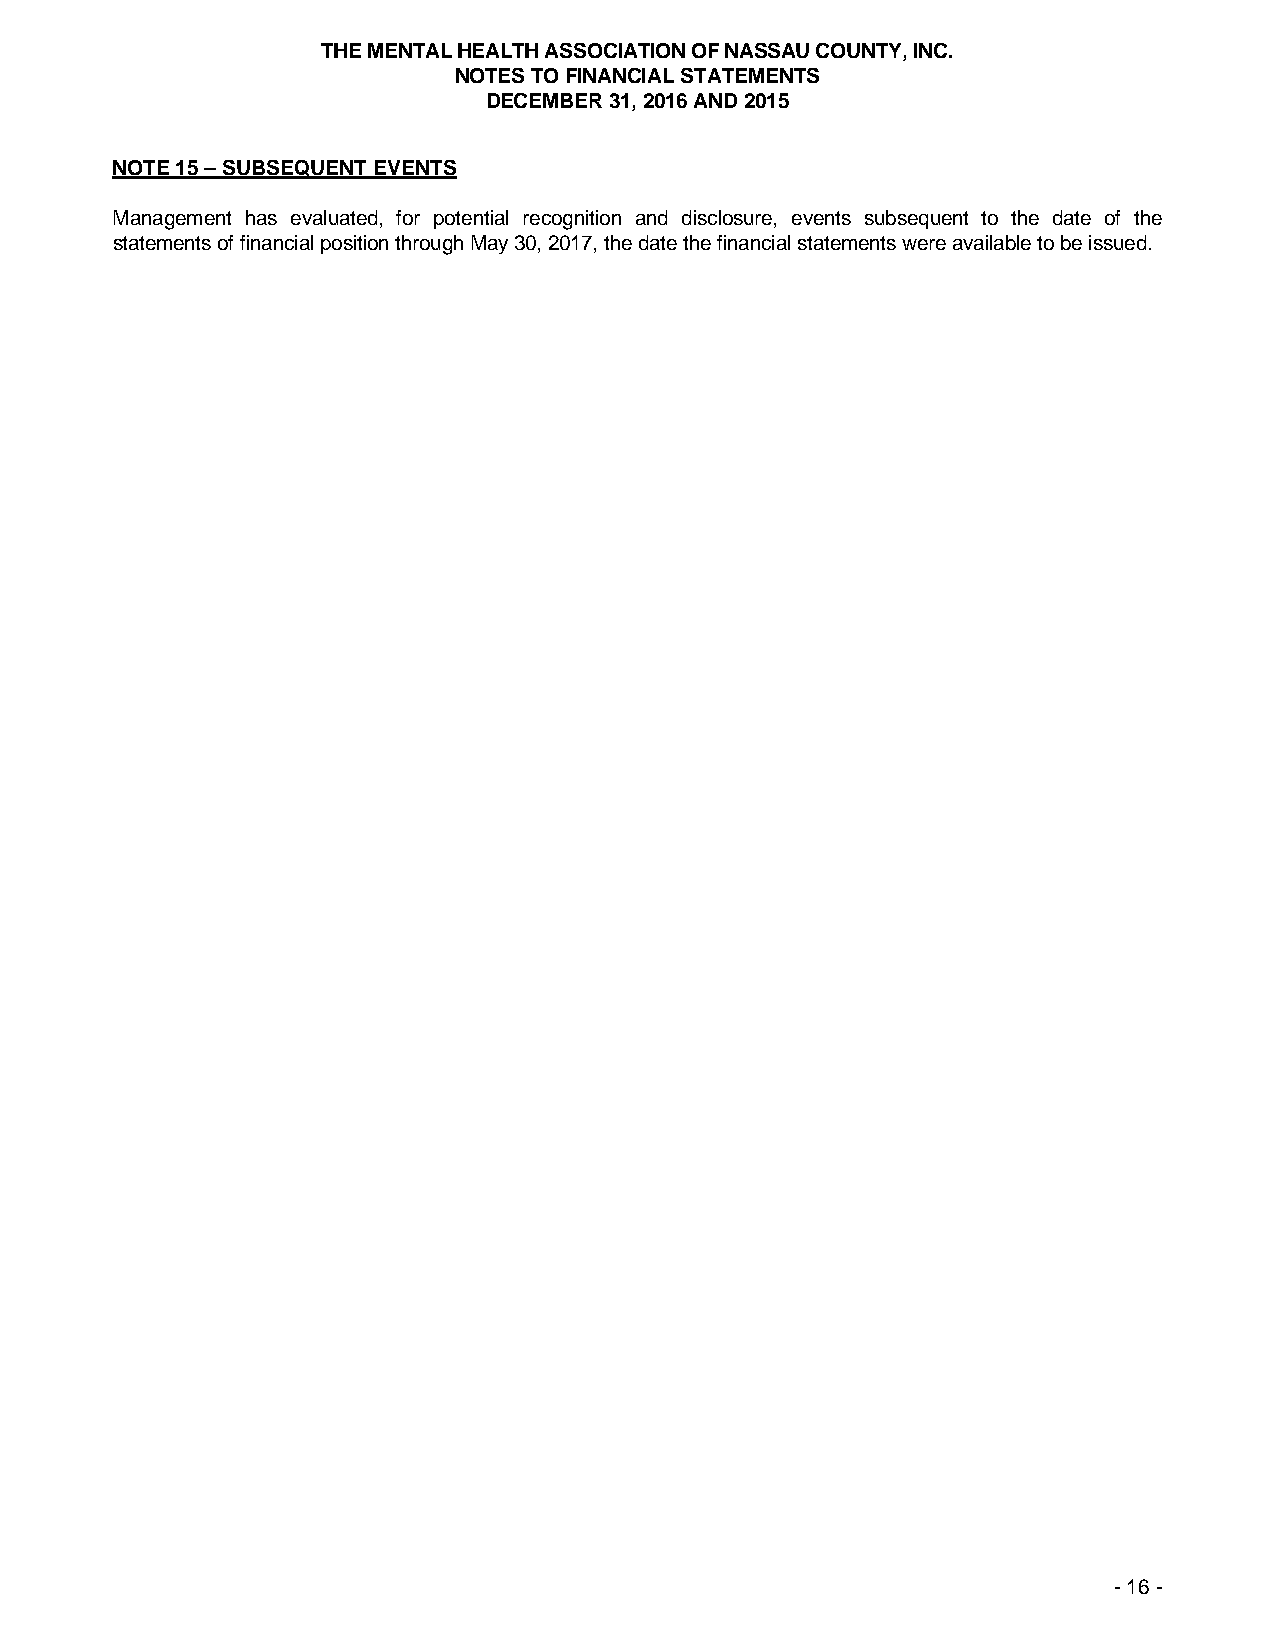
THE MENTAL HEALTH ASSOCIATION OF NASSAU COUNTY, INC.
 NOTES TO FINANCIAL STATEMENTS
 DECEMBER 31, 2016 AND 2015
 NOTE 15 – SUBSEQUENT EVENTS
 Management has evaluated, for potential recognition and disclosure, events subsequent to the date of the
 statements of financial position through May 30, 2017, the date the financial statements were available to be issued.
 - 16 -